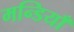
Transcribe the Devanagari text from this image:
मन्डियाँ